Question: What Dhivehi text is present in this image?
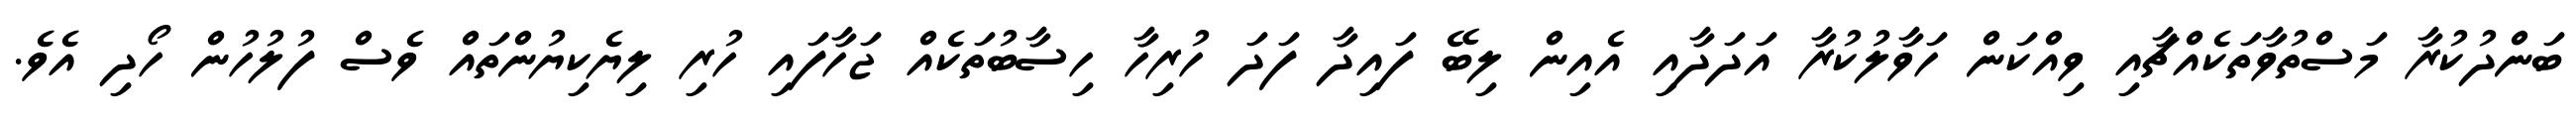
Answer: ބަންދުކުރާ މަސްތުވާތަކެއްޗާއި ވިއްކަން ހަވާލުކުރާ އަދަދާއި އެއިން ލިބޭ ފައިދާ ފަދަ ހުރިހާ ހިސާބުތަކެއް ޖަހާފައި ހުރި ލިޔެކިޔުންތައް ވެސް ފުލުހުން ހޯދި އެވެ.